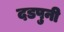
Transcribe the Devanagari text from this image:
दडपुनी